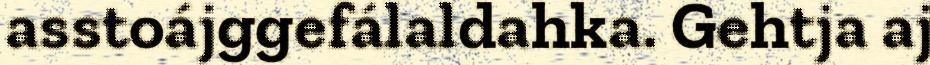
asstoájggefálaldahka. Gehtja aj